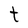
Character: t